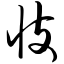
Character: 忮